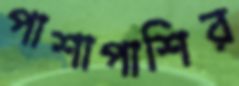
পাশাপাশির